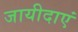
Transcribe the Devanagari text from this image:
जायीदाएं